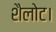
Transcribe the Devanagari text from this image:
शैलोट।